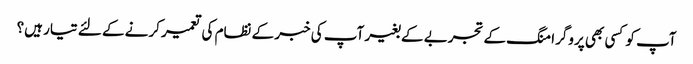
آپ کو کسی بھی پروگرامنگ کے تجربے کے بغیر آپ کی خبر کے نظام کی تعمیر کرنے کے لئے تیار ہیں؟